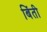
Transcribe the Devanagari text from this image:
बिंती